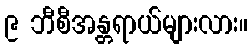
၉ ဘီစီအန္တရာယ်များလား။